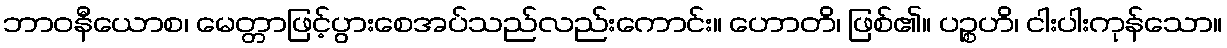
ဘာဝနီယောစ၊ မေတ္တာဖြင့်ပွားစေအပ်သည်လည်းကောင်း။ ဟောတိ၊ ဖြစ်၏။ ပဉ္စဟိ၊ ငါးပါးကုန်သော။